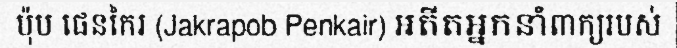
ប៉ុប ផេនកៃរ (Jakrapob Penkair) អតីតអ្នកនាំពាក្យរបស់